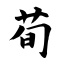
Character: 荀